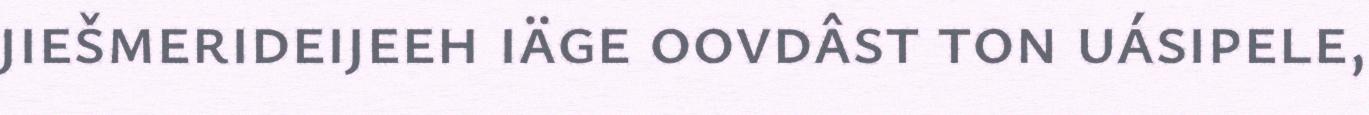
jiešmerideijeeh iäge oovdâst ton uásipele,